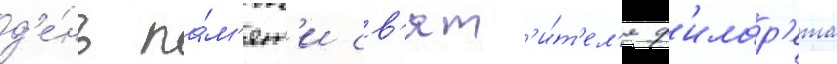
д'е́нь па́м'ят'и св'ят'и́т'ел'я ф'илар'ета